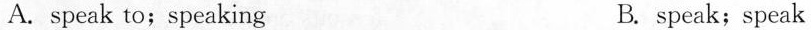
A. speak to;speaking B. speak;speak